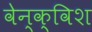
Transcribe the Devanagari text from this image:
वेन्क्विश